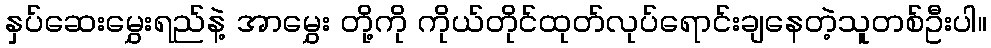
နှပ်ဆေးမွှေးရည်နဲ့ အာမွှေး တို့ကို ကိုယ်တိုင်ထုတ်လုပ်ရောင်းချနေတဲ့သူတစ်ဦးပါ။